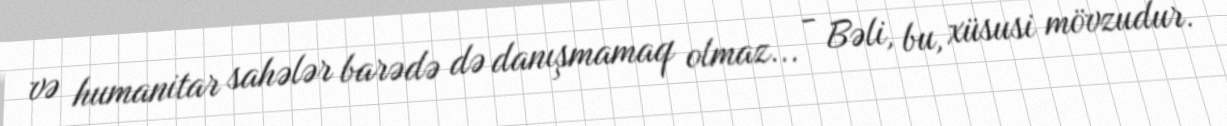
və humanitar sahələr barədə də danışmamaq olmaz... - Bəli, bu, xüsusi mövzudur.